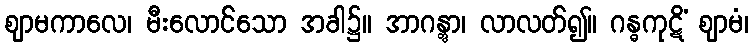
ဈာမကာလေ၊ မီးလောင်သော အခါ၌။ အာဂန္တွာ၊ လာလတ်၍။ ဂန္ဓကုဋိံ ဈာမံ၊